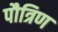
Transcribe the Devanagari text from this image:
पौत्रिण